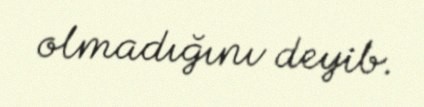
olmadığını deyib.